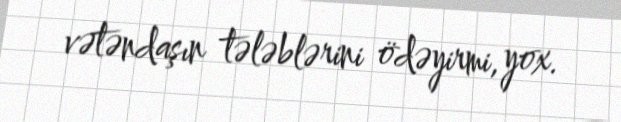
vətəndaşın tələblərini ödəyirmi, yox.